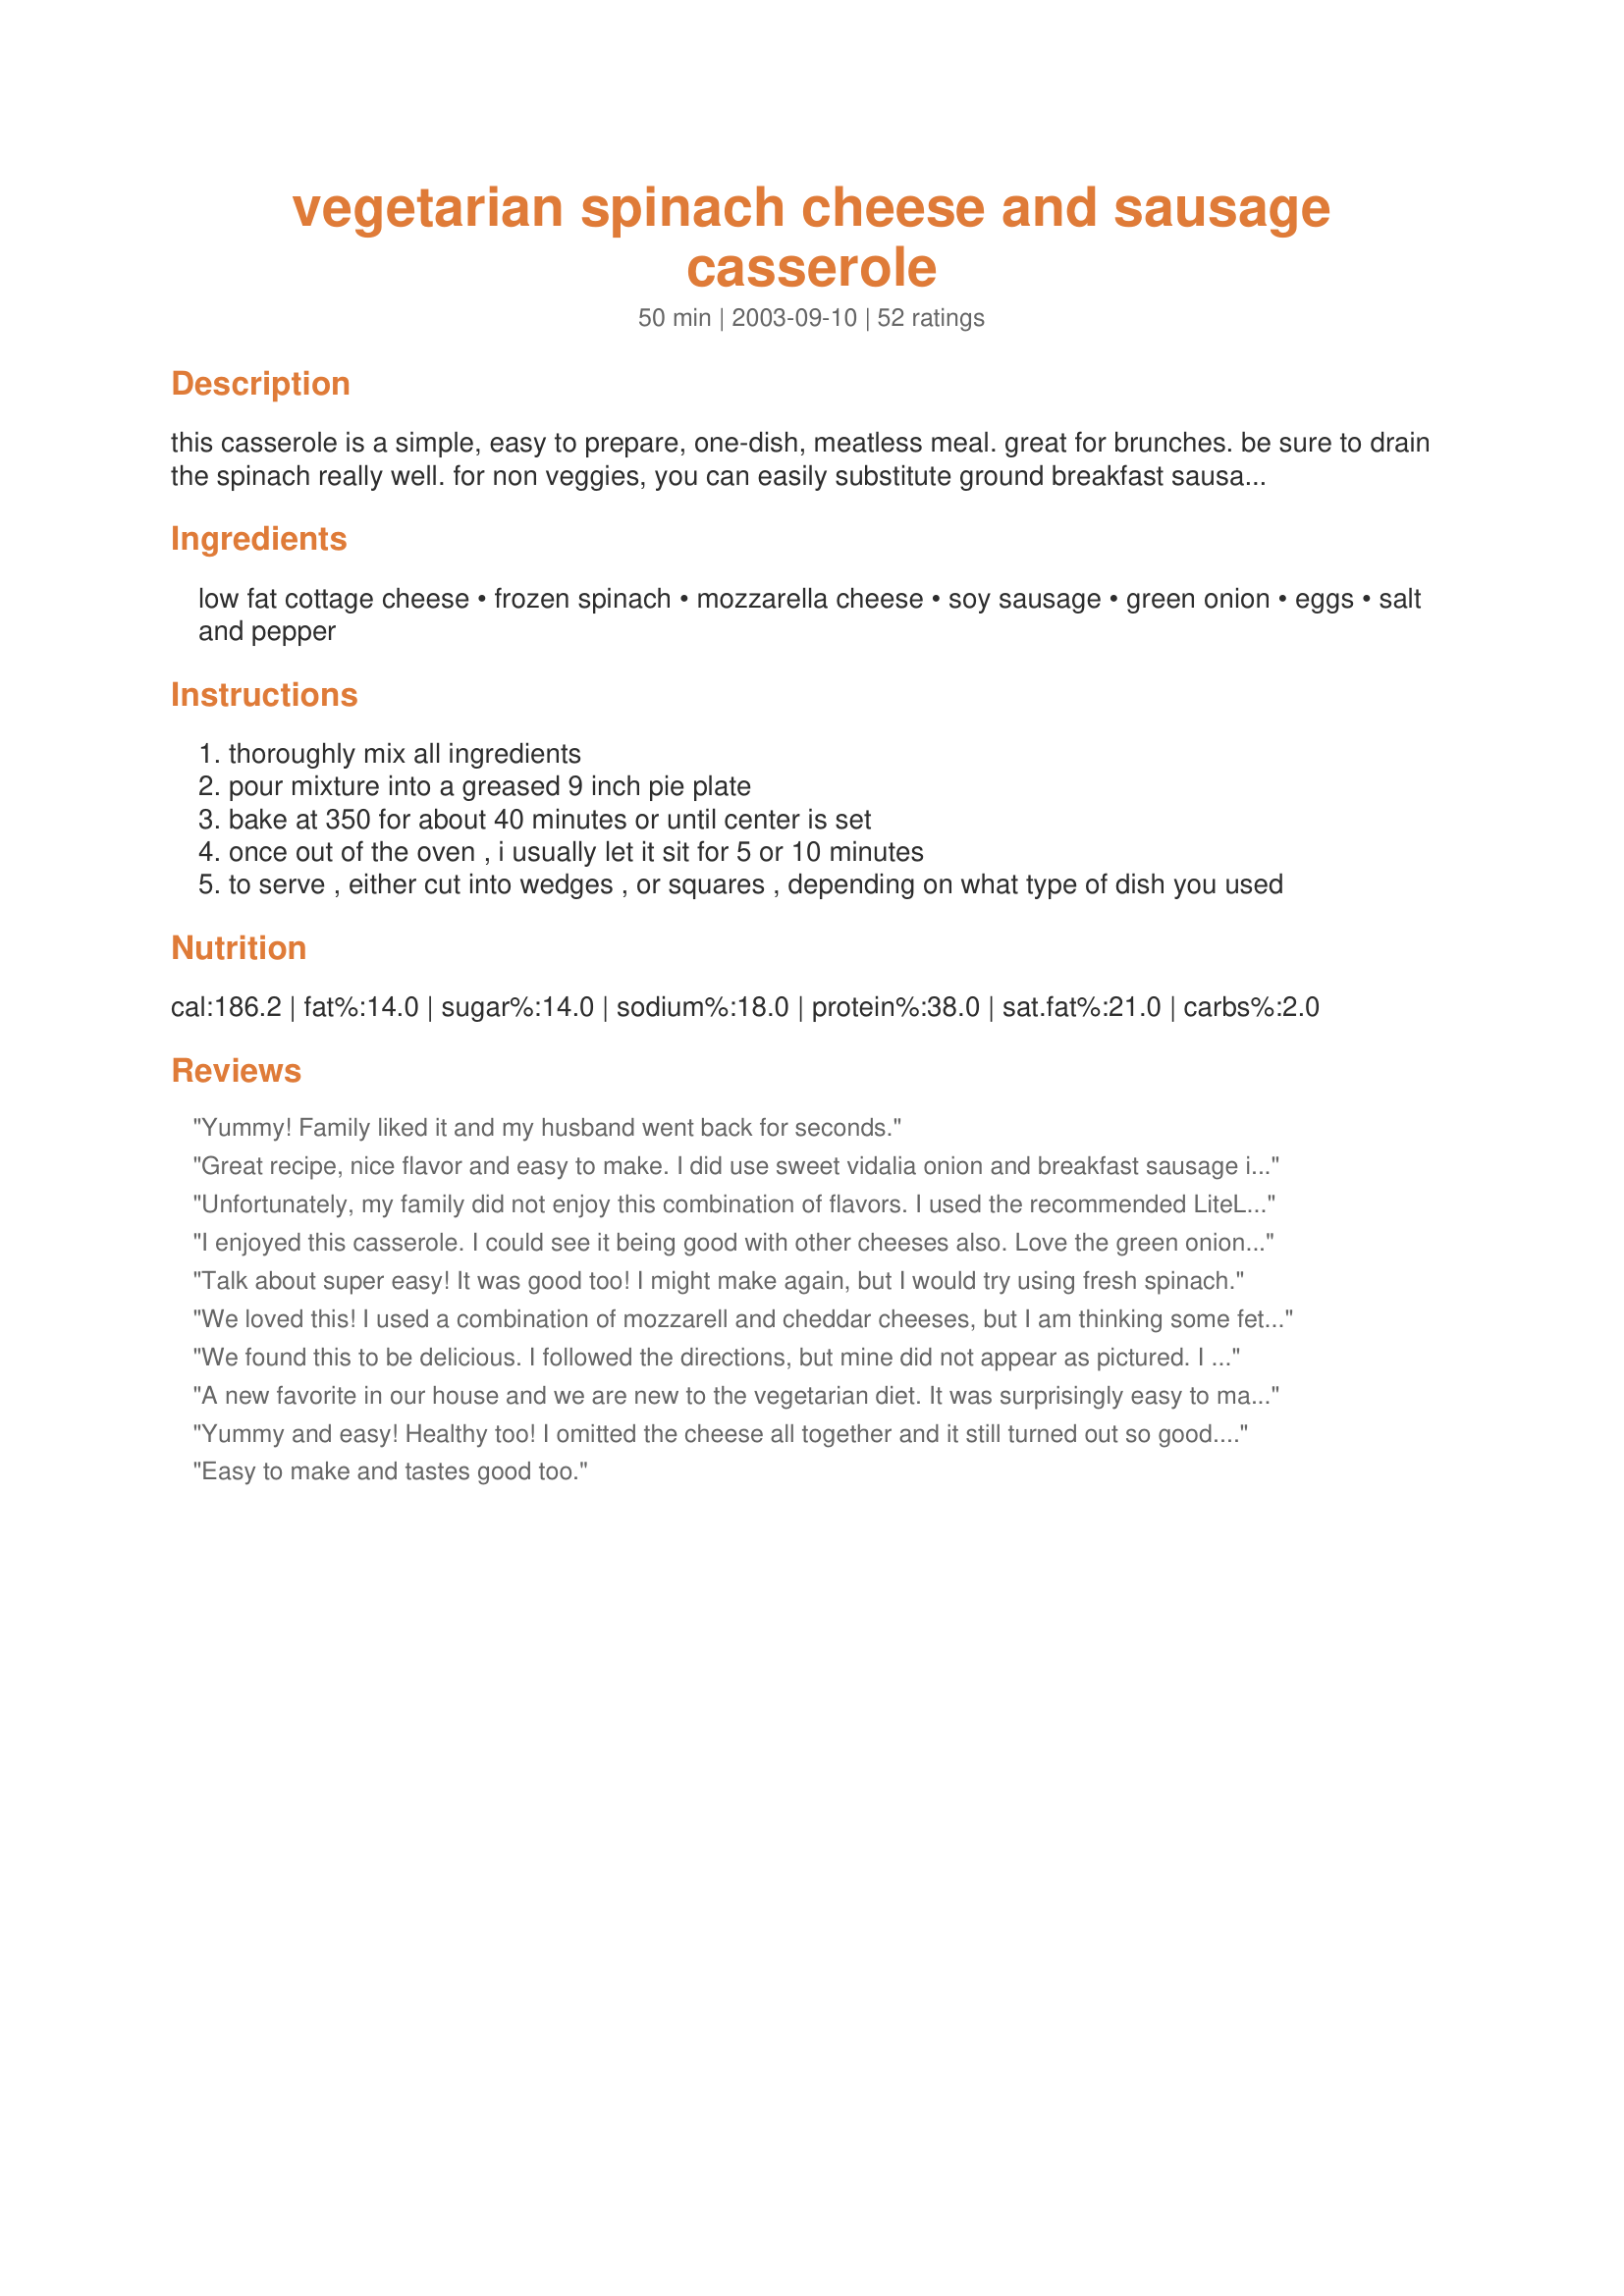
vegetarian spinach cheese and sausage casserole
Preparation time: 50 minutes

this casserole is a simple, easy to prepare, one-dish, meatless meal. great for brunches. be sure to drain the spinach really well. for non veggies, you can easily substitute ground breakfast sausage or crumbled bacon if you prefer.

Ingredients:
low fat cottage cheese, frozen spinach, mozzarella cheese, soy sausage, green onion, eggs, salt and pepper

Steps:
thoroughly mix all ingredients
pour mixture into a greased 9 inch pie plate
bake at 350 for about 40 minutes or until center is set
once out of the oven , i usually let it sit for 5 or 10 minutes
to serve , either cut into wedges , or squares , depending on what type of dish you used

Reviews:
Yummy! Family liked it and my husband went back for seconds.
Great recipe, nice flavor and easy to make. I did use sweet vidalia onion and breakfast sausage instead, added a little milk, italian bread crumbs, and parmesan cheese to the mixture. My kids loved it and so did I. This is a dish I will make again. Thank you! :-)
Unfortunately, my family did not enjoy this combination of flavors. I used the recommended LiteLife Gimme Lean soy sausage, and my family did not think the seasonings in it worked well with the rest of the flavors in the casserole. We thought the "sausage" might work better in a Thanksgiving stuffing/dressing recipe. It might be better with a different kind of sausage or crumbles. The tomato/basil sausages that tinctoria mentioned seem like they'd go better, if one could find them (we couldn't).
I enjoyed this casserole. I could see it being good with other cheeses also. Love the green onion in it.
Talk about super easy! It was good too! I might make again, but I would try using fresh spinach.
We loved this! I used a combination of mozzarell and cheddar cheeses, but I am thinking some feta would be great in this, too. The soy sausage (I used Gimme Lean, too) really added a lot. Thank you!
We found this to be delicious. I followed the directions, but mine did not appear as pictured. I think next time I will add some cheese on top to brown better.
A new favorite in our house and we are new to the vegetarian diet. It was surprisingly easy to make considering the delicious end result. I didn't change a thing, didn't need to.
Yummy and easy! Healthy too! I omitted the cheese all together and it still turned out so good. I used ham and white onions with mushrooms rather than the sausage and green onion. Thanks!
Easy to make and tastes good too.
This casserole is SO easy, and the results are delicious. I didn't even brown the soy sausage, I just microwaved it (I'm really lazy sometimes :) ). I can't think of any modifications I would make, except I'll probably try adding other veggies, too (mushrooms would be really good). Thanks for sharing this recipe!
A keeper for sure! the faux sausage had a great flavor. Next time I will try italian sausage (soy) also a touch of red pepper.
This came out very tasty and I loved it! I used veggie chorizo sausage and a mixture of mozzarella and cheddar cheese. Thanks so much for a new favorite vegetarian meal!
I made this last night and it was easy and delicious! I used Morningstar breakfast sausage, a combination of pepper jack and reduced fat cheddar cheeses and 0% fat cottage cheese. It was a little runny even after additional baking time but it was great. My one year old LOVED it. My three year old liked it but didn't want to admit it. We will be finishing it up tonight and I will definitely make this again.
This is so delicious! The 2nd time I made this I used ricotta in place of the cottage cheese and a smoked gouda in place of the mozzarella cheese - wowzers! That just took it over the top. I think next time I might experiment with adding in a few roasted red peppers, for extra colour and flavour.

It's yummy either way though. As written or with a few minor tweaks, this recipe is fantastic. :)
I really liked this! Mine took little longer to cook, about 47 minutes, but that could just be my oven. Thanks for posting this!
Loved this! I have 2 things of gimme lean to use up and went looking for recipes. This was super simple to make. I used fat free cottage cheese and it was just great. My picky 6 year old didn't love it, but he ate some without much complaining. And my 4 year old went back for seconds. Thanks a bunch!
Brilliant recipe, I make this all the time now, at least once a fortnight! I use 3 or 4 diced quorn sausages for the meat substitute. And I only get fresh spinach, so microwaved for 2 minutes in a covered dish. Easy peasy. Love it.
Wonderful recipe, very flavorful even with non-fat cottage cheese and reduced fat cheddar. The green onion seemed like alot but it wasn't. I also added some red bell pepper, my favorite. I finally just added the entire pack of cut-up soy sausage links as to not waste anything. Will make this again, and it's healthy too with reduced/non-fat items.
Loved this! Don't do soy sausage, so used regular hot, othewise followed it to a T. What a great base too, if one wanted to add other ingredients...one thought was roasted red peppers for color. Yum - Thanks!
this recipe was so yummy!!!! Cooked it last night for dinner did use normal sausage instead of soy but was really good. This is a super easy recipe that the whole family can enjoy! My daughters (5 and 3) asked for seconds!!!! 5 stars all the ways from this house hold
this was so good. my wife was a bit nervous, but ate two servings of it. like others i used the morning star farms breakfast sausage patties -- we used cheddar cheese instead of mozzarella. didnt have any frozen spinach, so i used 10 ounces of fresh spinach and cooked it down a bit before adding it to the mix.
Easy & quick to prepare.
Nice & healthy.
Nice & cheap to buy.
Even NICER cold!!!
This was SO very good! Even though I should have cooked it a little longer to hold its shape, it was still very, very flavorful. Hubby even went back for refill (which is unusual). I only used 2 eggs (they were extra large), regular onion (all I had) and garlic sausage. Will go in our keeper file. Thanks.
I made this last night for dinner. I used quorn mince and browned it with a stock cube instead of the sausage. It was super easy to make and so good to eat! 3 of us loved it though my sometimes fussy son thought it was a little 'wet'! Def a hit in our house and will make it many more times. I might bake it a little longer next time, for his majesty, but the rest of us liked the moistness.<br/>Thank you so much for this recipe!!!!!
This was delicious! I was a little skeptical considering the ingredients but this was absolutely wonderful. My dh and I will definitely put this in our "regulars" list. Thanks so much for the recipe.
this is really good stuff! I was hesitant about all the cottage cheese in the recipe, because i really donty like cottage...but you can't taste it in the finished product at all. i think it just adds to the texture. 
for the snausage (typo intended) I used tofurky italian sausages. 
great recipe, thanks for posting.
This really was pretty yummy. I think I doubled the cheese... I am from Wisconsin after all, and it was delish. It was a little too salty for the me and my bf though and we didn't even add any extra salt? Perhaps this is due to the cottage cheese? Maybe ricotta would cut the saltiness? Very very yummy. Thanks! Will definitely make this again
low carb and delicious!
Really excellent. I had leftover veggie Italian sausage to use up, and this recipe had been in my cookbook for ages so I'm glad I finally made it. I used low fat cheddar and no fat cottage cheese (as per other reviewer) and it still turned out great. I halved the recipe but used the full 10 ounces spinach. The 2 of us ate the whole thing with some sourdough toast for a brunch-like supper. BF wanted seconds but unfortunately there were none. Should have made the whole recipe:(
I had to cook my casserole quite a bit longer to get it to set, but that may have been due to the cottage cheese I used. I have noticed that some brands of low fat or reduced fat cottage cheese are less runny than others.
This was great. Super quick to throw together and easy and very yummy. I made it exactly to the recipe (except maybe a bit more of the soy sausage and onion than called for) Thanks! This is going into my favorites list.
We loved this. It's a great breakfast for a diabetic. In fat we're having it again tonight. We made as listed but left out green onions cause I didn't have any. I really liked the Gimme Lean sausage. I imagine subbing ricotta for the cottage cheese would also be good.
This is really good. I didn't have any ground soy sausage so I used 2 morningstar sausage patty's and crumbled them up. I also added 1/2 cup of sliced mushrooms and topped it off with some sliced tomatoes and alittle more cheese ontop. Will be making this often. Thank you for posting.
I used FF cottage cheese, 2 cups low-fat mixed cheeses, regular onion, and omitted soy sausage. I also added paprika and red chili flakes for a bit of spice. Very good!!!
I really liked this! It was so quick and easy to make, and very filling. I made this with veggie tomato and basil sausages, and I also made one with "real" sausages for the meat eater in the family. It was a hit with everyone. I added a little basil for more flavour, apart from that I followed the recipe exactly. I will be making this again, thankyou.
I substituted kielbasa for the ground soy sausage. I was worried that it wouldn't turn out well, but it was delicious. Very quick to prepare, satisfying, and economical. Yum!
I made this for dinner last night. Very scrumptious! My fiance and I are lactose intolerant and subbed ground tofu for the ricotta cheese. The texture was firm, but there was
I made this for my vegetarian friend's birthday party. It was a big hit! Great recipe to prove that non-meat meals can be delicious! Make sure to cook the soysage well and you'll be fine. Enjoy!
This was really yummy! I used fat free cottage cheese and added a couple dashes of chili pepper to spice it up. Delicious! Will most definitely make again.
Super creamy and yummy! This recipe can be very versatile. I'll definitely try different veggies and meats next time. I ate this as a 'breakfast burrito' by putting it in tortillas with sour cream and hot sauce. YUM!!
This casserole was wonderful. The flavors blended beautifully. I had lots of people asking for the recipes
I'll definitely make this again, but I might make some modifications to try and snazz it up a little bit. I found it a tiny bit bland, but that's just my own personal preference. I used morning star breakfast sausages, and might use a mix of that and grillers originals next time for a bit of a variety of flavor. Might also add some broccoli or mushrooms because I think that it would go great with this ensemble. Thank you for the amazing recipe.
I concur, a simple, tasty recipe. The only thing I did differently was use a pound of regular sausage... also had a bunch of fresh spinach to use up so I steamed it first and then added it to the mix. De-lish!
Outstanding! DH and my daughter loved it! I admit, mine wasn't vegetarian as I used real sausage. So, so good, quick and easy. Other tweaks included adding 1/2 chopped yellow onion, a 4oz can of mushrooms, and 1/4 cup cheddar cheese on top before baking. Will definitely make this again! Thanks!
We're not vegetarian so I used a pound of ground turkey that I made into spicy sausage (recipe #142364). I didn't have green onions so I cooked the sausage with a chopped yellow onion. I used cheddar cheese and had to bake it for an hour. It was a very homey dish--filling and comforting. I suggest chopped spinach, rather than leaf (tends to be stringy). I think artichoke hearts could be subbed for spinach with equally yummy results.
This was fabulous! I made two substitutions. I didn't have any cottage cheese, so I used ricotta cheese instead. I didn't have any green onions, so I used minced onions instead. It was so delicious! Thank you for posting this!
This was pretty good. I ended up doubling the recipe as I wanted to use up the entire pound of the GimmeLean sausage substitute. I used fatfree cottage cheese and egg substitute to save on calories and fat grams. I also added a generous helping of chopped garlic and added extra grated parmesan cheese to the top. This was enjoyed for two dinners in a row at our house. Thanks for posting!
OMG! OMG! we loved this! This was the best healthy "comfort" food I've tried! I didn't have any vegetarian sausage so I just used normal hamburger-style veggie crumbles. Terrific, I will make this many times!!
This was outstanding. I used a little less cottage cheese because my daughter wanted some to eat plain, and we added 16 cherry tomatoes, and used the whole lb. of GimmeLean. This was absolutely wonderful.
WOW! This was so tasty. Very easy to make too. The only hard parts were chopping the green onions and squeezing the moisture from the spinach. I didn't put in the sausage because I didn't have any, but it was still excellent. I didn't even salt it; the cottage cheese was salty enough. I used marble cheese (the house fav), and frozen chopped spinach (easier to handle).
What a great alternative to a traditional quiche. Love this high protein low carb meal that is very versatile.
